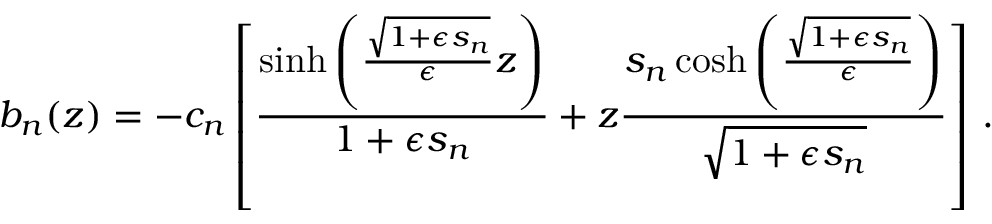
b _ { n } ( z ) = - c _ { n } \left[ \frac { \sinh \left( \frac { \sqrt { 1 + \epsilon s _ { n } } } { \epsilon } z \right) } { 1 + \epsilon s _ { n } } + z \frac { s _ { n } \cosh \left( \frac { \sqrt { 1 + \epsilon s _ { n } } } { \epsilon } \right) } { \sqrt { 1 + \epsilon s _ { n } } } \right] \, .